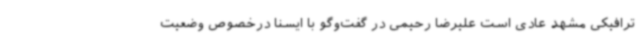
ترافیکی مشهد عادی است علیرضا رحیمی در گفت‌وگو با ایسنا درخصوص وضعیت